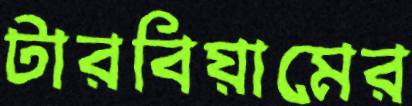
টারবিয়ামের